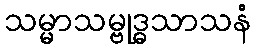
သမ္မာသမ္ဗုဒ္ဓသာသနံ